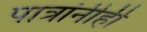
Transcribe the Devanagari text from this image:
पात्रांनीही